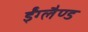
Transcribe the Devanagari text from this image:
ईंग्लैण्ड